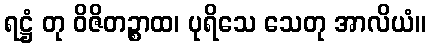
ရဋ္ဌံ တု ဝိဇိတဉ္စာထ၊ ပုရိသေ သေတု အာလိယံ။